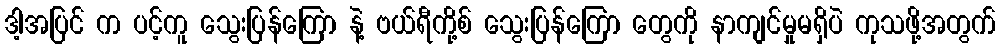
ဒါ့အပြင် က ပင့်ကူ သွေးပြန်ကြော နဲ့ ဗယ်ရီကို့စ် သွေးပြန်ကြော တွေကို နာကျင်မှုမရှိပဲ ကုသဖို့အတွက်